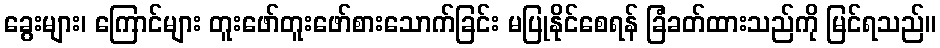
ခွေးများ၊ ကြောင်များ တူးဖော်တူးဖော်စားသောက်ခြင်း မပြုနိုင်စေရန် ခြံခတ်ထားသည်ကို မြင်ရသည်။